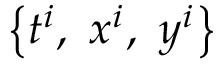
\left\{ t ^ { i } , ~ x ^ { i } , ~ y ^ { i } \right\}